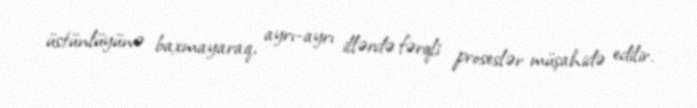
üstünlüyünə baxmayaraq, ayrı-ayrı illərdə fərqli proseslər müşahidə edilir.